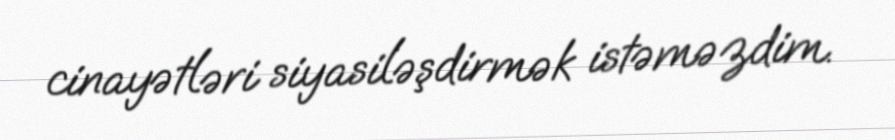
cinayətləri siyasiləşdirmək istəməzdim.